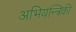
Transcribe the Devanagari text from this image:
अभियन्त्रिकी